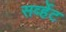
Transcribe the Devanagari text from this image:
सर्व्हेट